King Institute of Preventive Medicine Micro-Biological Section reports 1912-19
Year: 1912
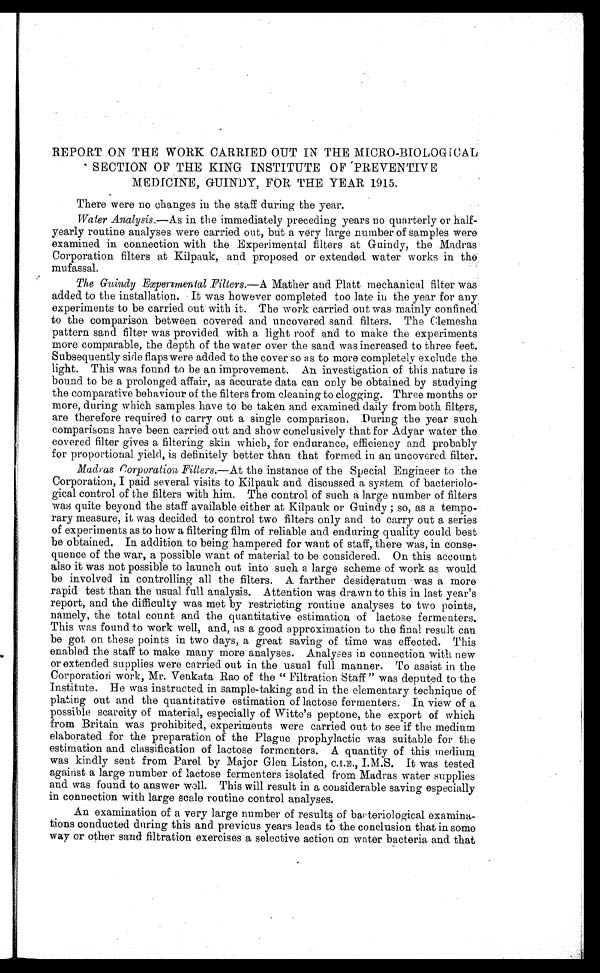
REPORT ON THE WORK CARRIED OUT IN THE MICRO-BIOLOGICAL
SECTION OF THE KING INSTITUTE OF PREVENTIVE
MEDICINE, GUINDY, FOR THE YEAR 1915.
There were no changes in the staff during the year.
Water Analysis. —As in the immediately preceding years no quarterly or half
-yearly routine analyses were carried out, but a very large number of samples were
examined in connection with the Experimental filters at Guindy, the Madras
Corporation filters at Kilpauk, and proposed or extended water works in the
mufassal.
The Guindy Experimental Filters. —A Mather and Platt mechanical filter was
added to the installation. It was however completed too late in the year for any
experiments to be carried out with it. The work carried out was mainly confined
to the comparison between covered and uncovered sand filters. The Clemesha
pattern sand filter was provided with a light roof and to make the experiments
more comparable, the depth of the water over the sand was increased to three feet.
Subsequently side flaps were added to the cover so as to more completely exclude the
light. This was found to be an improvement. An investigation of this nature is
bound to be a prolonged affair, as accurate data can only be obtained by studying
the comparative behaviour of the filters from cleaning to clogging. Three months or
more, during which samples have to be taken and examined daily from both filters,
are therefore required to carry out a single comparison. During the year such
comparisons have been carried out and show conclusively that for Adyar water the
covered filter gives a filtering skin which, for endurance, efficiency and probably
for proportional yield, is definitely better than that formed in an uncovered filter.
Madras Corporation Filters. —At the instance of the Special Engineer to the
Corporation, I paid several visits to Kilpauk and discussed a system of bacteriolo
-gical control of the filters with him. The control of such a large number of filters
was quite beyond the staff available either at Kilpauk or Guindy; so, as a tempo
-rary measure, it was decided to control two filters only and to carry out a series
of experiments as to how a filtering film of reliable and enduring quality could best
be obtained. In addition to being hampered for want of staff, there was, in conse
-quence of the war, a possible want of material to be considered. On this account
also it was not possible to launch out into such a large scheme of work as would
be involved in controlling all the filters. A farther desideratum was a more
rapid test than the usual full analysis. Attention was drawn to this in last year's
report, and the difficulty was met by restricting routine analyses to two points,
namely, the total count and the quantitative estimation of lactose fermenters.
This was found to work well, and, as a good approximation to the final result can
be got on these points in two days, a great saving of time was effected This
enabled the staff to make many more analyses. Analyses in connection with new
or extended supplies were carried out in the usual full manner. To assist in the
Corporation work, Mr. Venkata Rao of the " Filtration Staff " was deputed to the
Institute. He was instructed in sample-taking and in the elementary technique of
plating out and the quantitative estimation of lactose fermenters. In view of a
possible scarcity of material, especially of Witte's peptone, the export of which
from Britain was prohibited, experiments were carried out to see if the medium
elaborated for the preparation of the Plague prophylactic was suitable for the
estimation and classification of lactose fermenters. A quantity of this medium
was kindly sent from Parel by Major Glen Liston, C.I.E., I.M.S. It was tested
against a large number of lactose fermenters isolated from Madras water supplies
and was found to answer well. This will result in a considerable saving especially
in connection with large scale routine control analyses.
An examination of a very large number of results of bacteriological examina
-tions conducted during this and previous years leads to the conclusion that in some
way or other sand filtration exercises a selective action on water bacteria and that